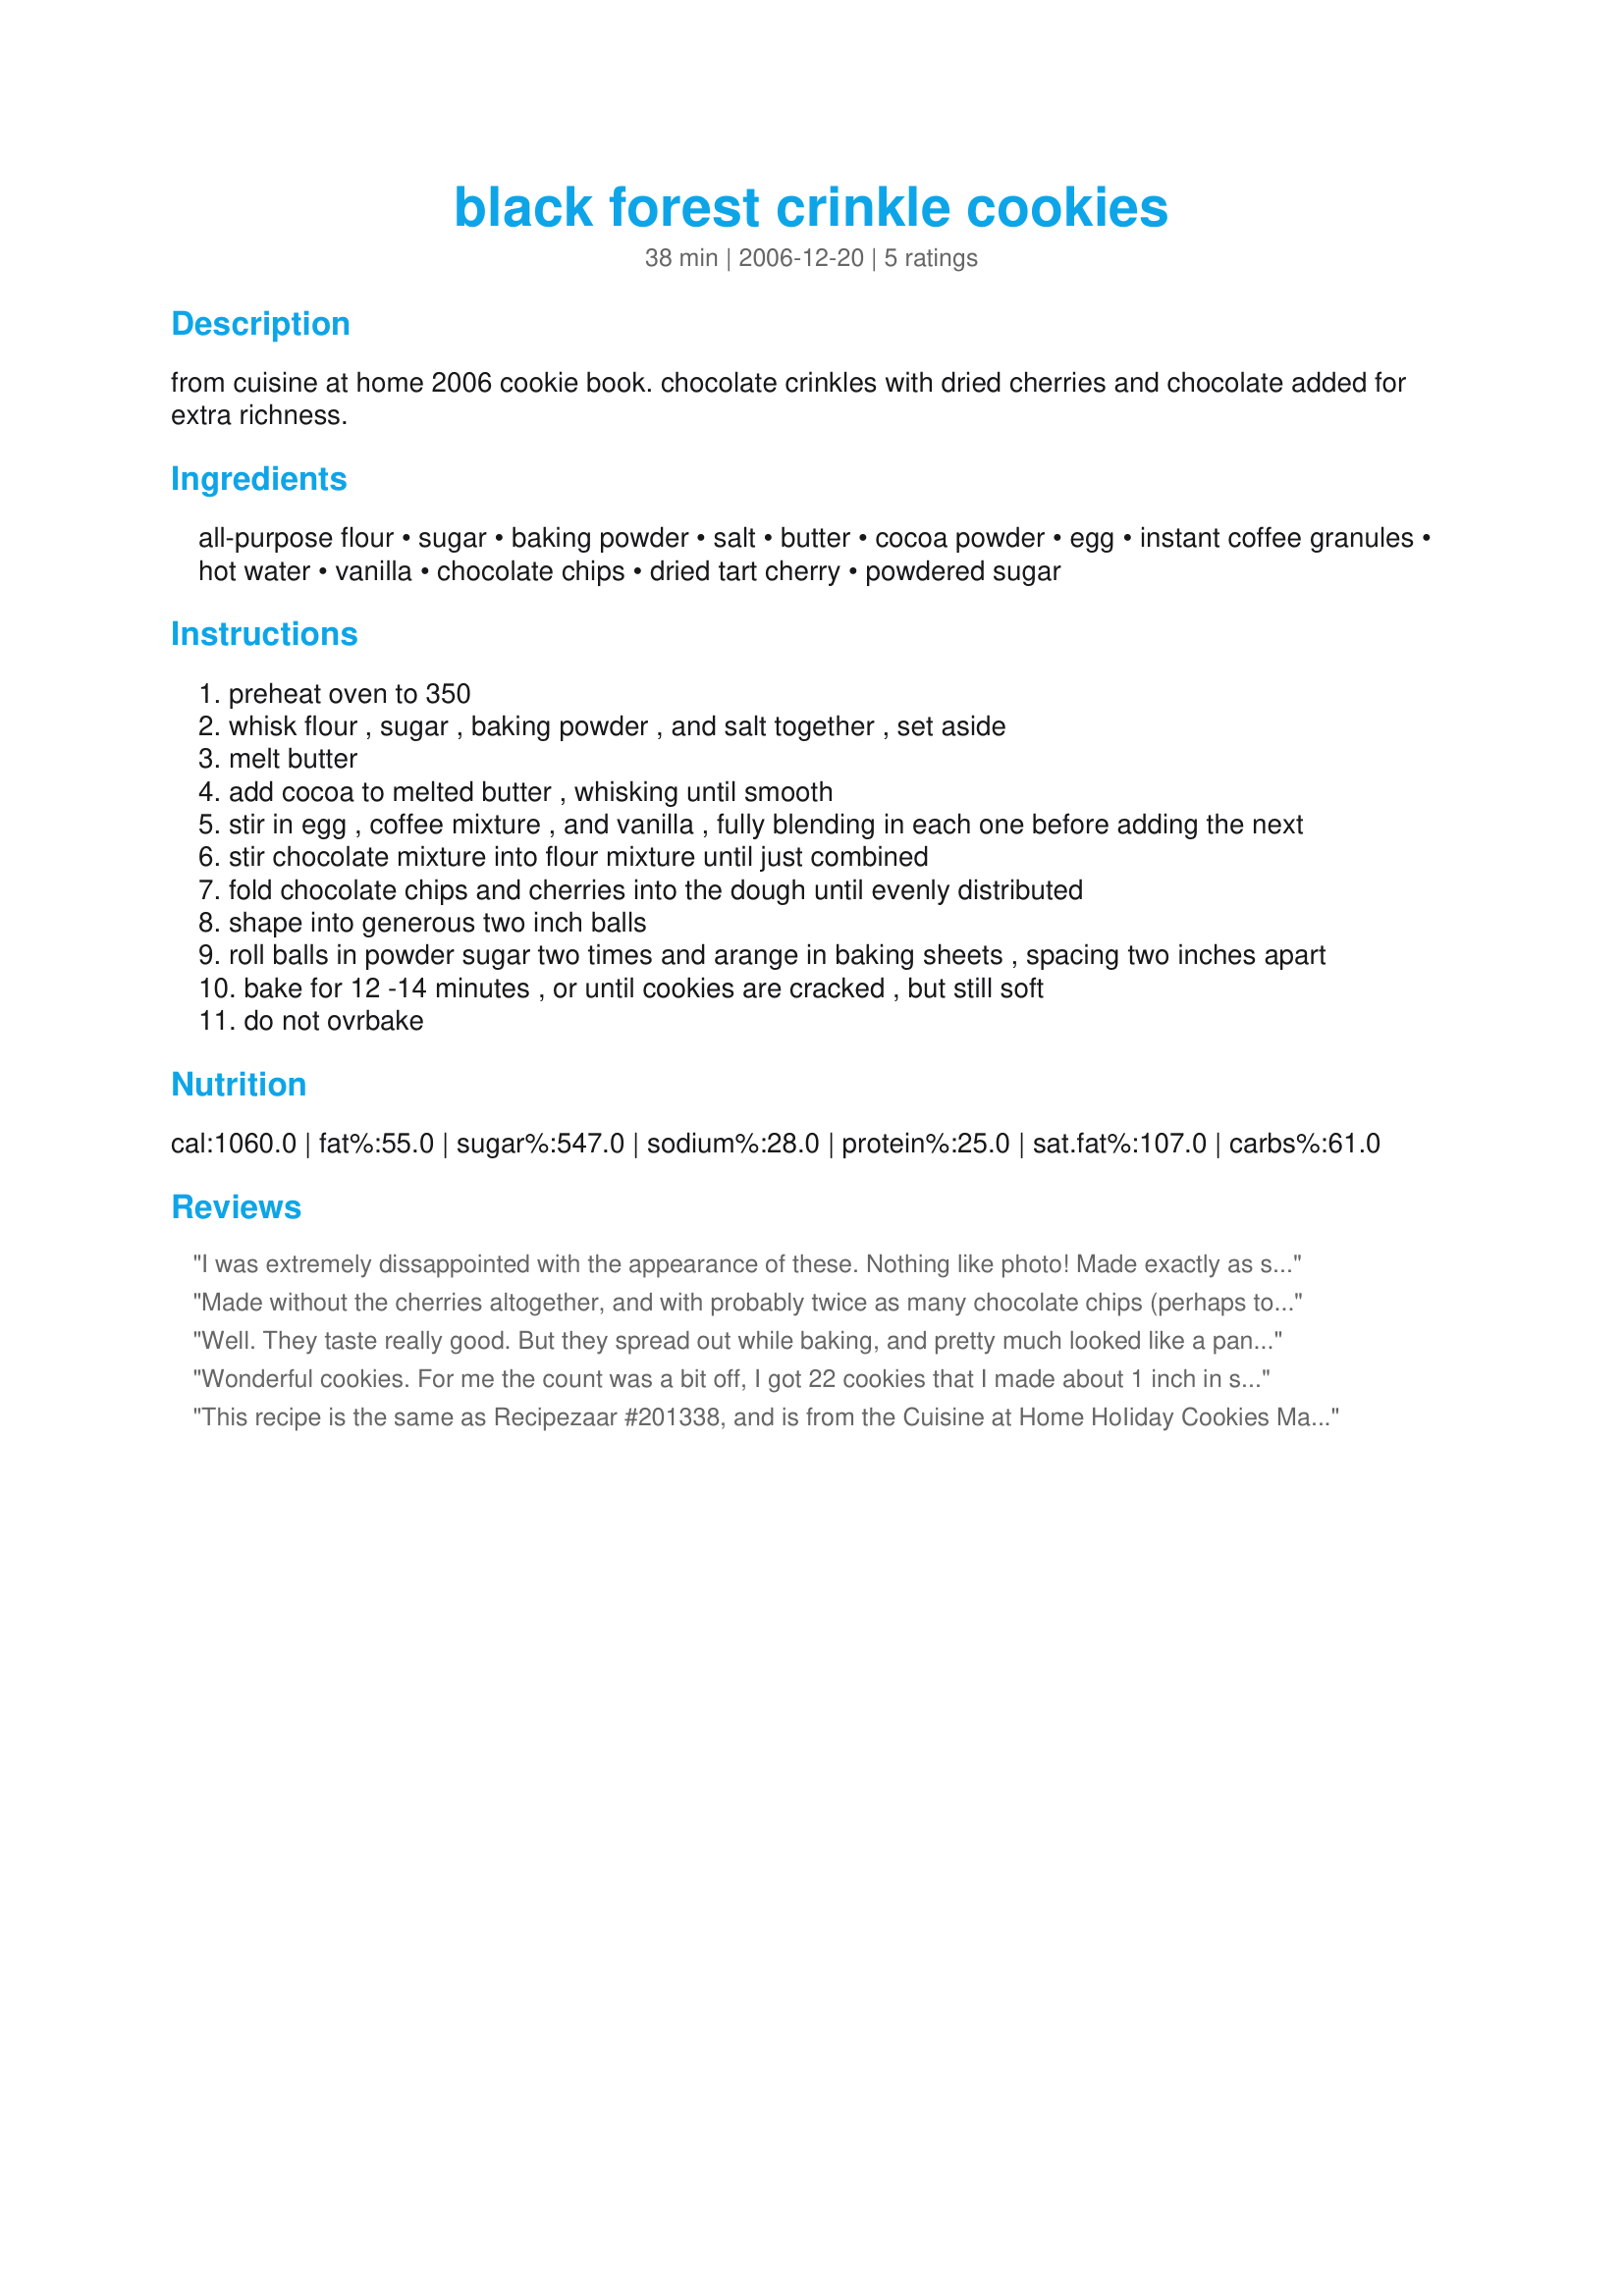
black forest crinkle cookies
Preparation time: 38 minutes

from cuisine at home 2006 cookie book.
chocolate crinkles with dried cherries and chocolate added for extra richness.

Ingredients:
all-purpose flour, sugar, baking powder, salt, butter, cocoa powder, egg, instant coffee granules, hot water, vanilla, chocolate chips, dried tart cherry, powdered sugar

Steps:
preheat oven to 350
whisk flour , sugar , baking powder , and salt together , set aside
melt butter
add cocoa to melted butter , whisking until smooth
stir in egg , coffee mixture , and vanilla , fully blending in each one before adding the next
stir chocolate mixture into flour mixture until just combined
fold chocolate chips and cherries into the dough until evenly distributed
shape into generous two inch balls
roll balls in powder sugar two times and arange in baking sheets , spacing two inches apart
bake for 12 -14 minutes , or until cookies are cracked , but still soft
do not ovrbake

Reviews:
I was extremely dissappointed with the appearance of these. Nothing like photo! Made exactly as stated. They did not rise and crinkle but instead spread all over cookie sheet. I have been baking over 40 yrs and I have never made a recipe where the sugar was mixed with the flour.
The taste was very good but it came out so ugly I would not use this particular recipe again.
Made without the cherries altogether, and with probably twice as many chocolate chips (perhaps too many? hard to keep them in the dough). Amazing amazing amazing! Such a hit! I love that they don't take much butter. Doubling the recipe next time!! Yum!!
Well. They taste really good. But they spread out while baking, and pretty much looked like a pan of brownies. They stuck to the pan and to each other so they&#039;re mostly just chunks I had to cut into the shape of cookies.... And by that I mean squares. And by squares I mean not any identifiable shape. I would make again, but would add more flour next time. But they do taste great.
Wonderful cookies. For me the count was a bit off, I got 22 cookies that I made about 1 inch in size. They didn't spread as I had expected them too but remained in balls. I used Splenda in the dough as well as for rolling, I'm not sure if the Splenda caused them not to spread but it really doesn't matter to me at all. They are simply delicious little mouthfuls no matter what final shape they have. My cherries are *really* dry and I soaked them in hot water while I worked on the cookies. After removing the cherries I used the remaining cherry water to dissolve the coffee. These will be a hit whenever they are made as well as a favorite on the Christmas cookie trays. Made for Photo Tag.
This recipe is the same as Recipezaar #201338, and is from the Cuisine at Home HoIiday Cookies Magazine. The cookies pictured in the magazine are about 3 inches in diameter, and the tops have wide chocolate streaks running through the powdered sugar coating. They're not a crisp cookie. The texture is soft, slightly chewy or fudgy, but not cakey. I used mini chips because I didn't want the larger chocolate chips to dominate the texture of the cookie, and substituted finely chopped crystallized ginger for the cherries to add a bit of spice to the cookies. These freeze beautifully. They only stay fresh for a day or two at room temperature. My yield was only 17 cookies that were approximately 2 1/2 to 3" in diameter.
